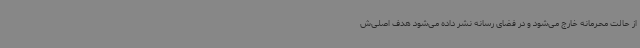
از حالت محرمانه خارج می‌شود و در فضای رسانه نشر داده می‌شود هدف اصلی‌ش